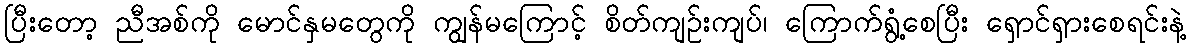
ပြီးတော့ ညီအစ်ကို မောင်နှမတွေကို ကျွန်မကြောင့် စိတ်ကျဉ်းကျပ်၊ ကြောက်ရွံ့စေပြီး ရှောင်ရှားစေရင်းနဲ့